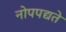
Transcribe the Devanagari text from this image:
नोपपद्यते